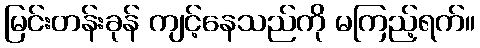
မြင်းတန်းခုန် ကျင့်နေသည်ကို မကြည့်ရက်။